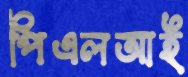
পিএলআই